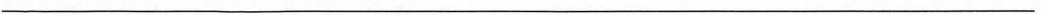
___